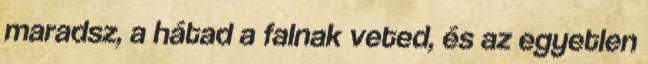
maradsz, a hátad a falnak veted, és az egyetlen